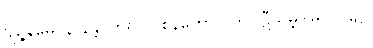
ဗျဉ္ဇနမေဝနာနန္တိ၊ ဟူ၍။ ဝစနတော၊ (ဤပဋီသမ္ဘိဒါမဂ်ပါဠိ၌)